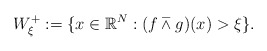
\begin{align*}W_{\xi }^{+}:=\{x\in \Bbb{R}^{N}:(f\barwedge g)(x)>\xi \}. \end{align*}